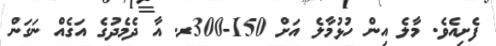
ފެށިއެވެ. މާލެ އިން ހުޅުމާލެ އަށް 150-300ރ. އާ ދެމެދުގެ އަގެއް ނަގަން